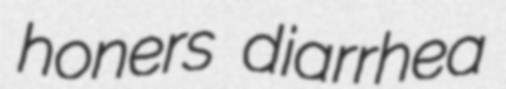
honers diarrhea